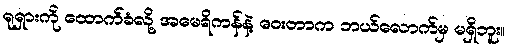
ရုရှားကို ထောက်ခံလို့ အမေရိကန်နဲ့ ဝေးတာက ဘယ်လောက်မှ မရှိဘူး။